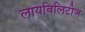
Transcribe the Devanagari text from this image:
लायबिलिटीज